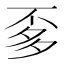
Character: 𱍚